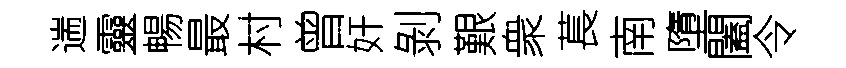
遄靈暢最村曾奸剝艱衆萇南墮闔令